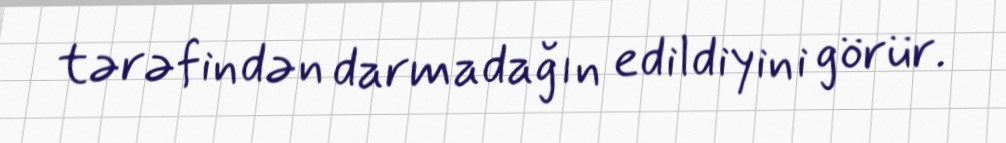
tərəfindən darmadağın edildiyini görür.